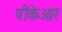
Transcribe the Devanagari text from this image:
पीकेआर